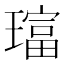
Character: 𱯧